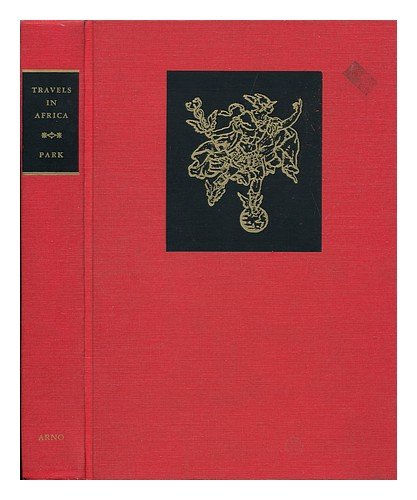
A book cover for Travels in the Interior Districts of Africa (Physician Travelers Series); Mungo Park; Travel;